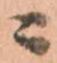
ニ